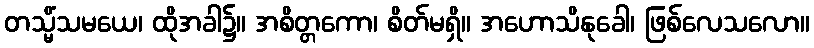
တသ္မိံသမယေ၊ ထိုအခါ၌။ အစိတ္တကော၊ စိတ်မရှိ။ အဟောသိနုခေါ၊ ဖြစ်လေသလော။